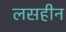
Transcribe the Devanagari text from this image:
लसहीन